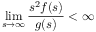
\operatorname* { l i m } _ { s \rightarrow \infty } \frac { s ^ { 2 } f ( s ) } { g ( s ) } < \infty